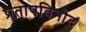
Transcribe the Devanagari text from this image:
प्रतापविनोद